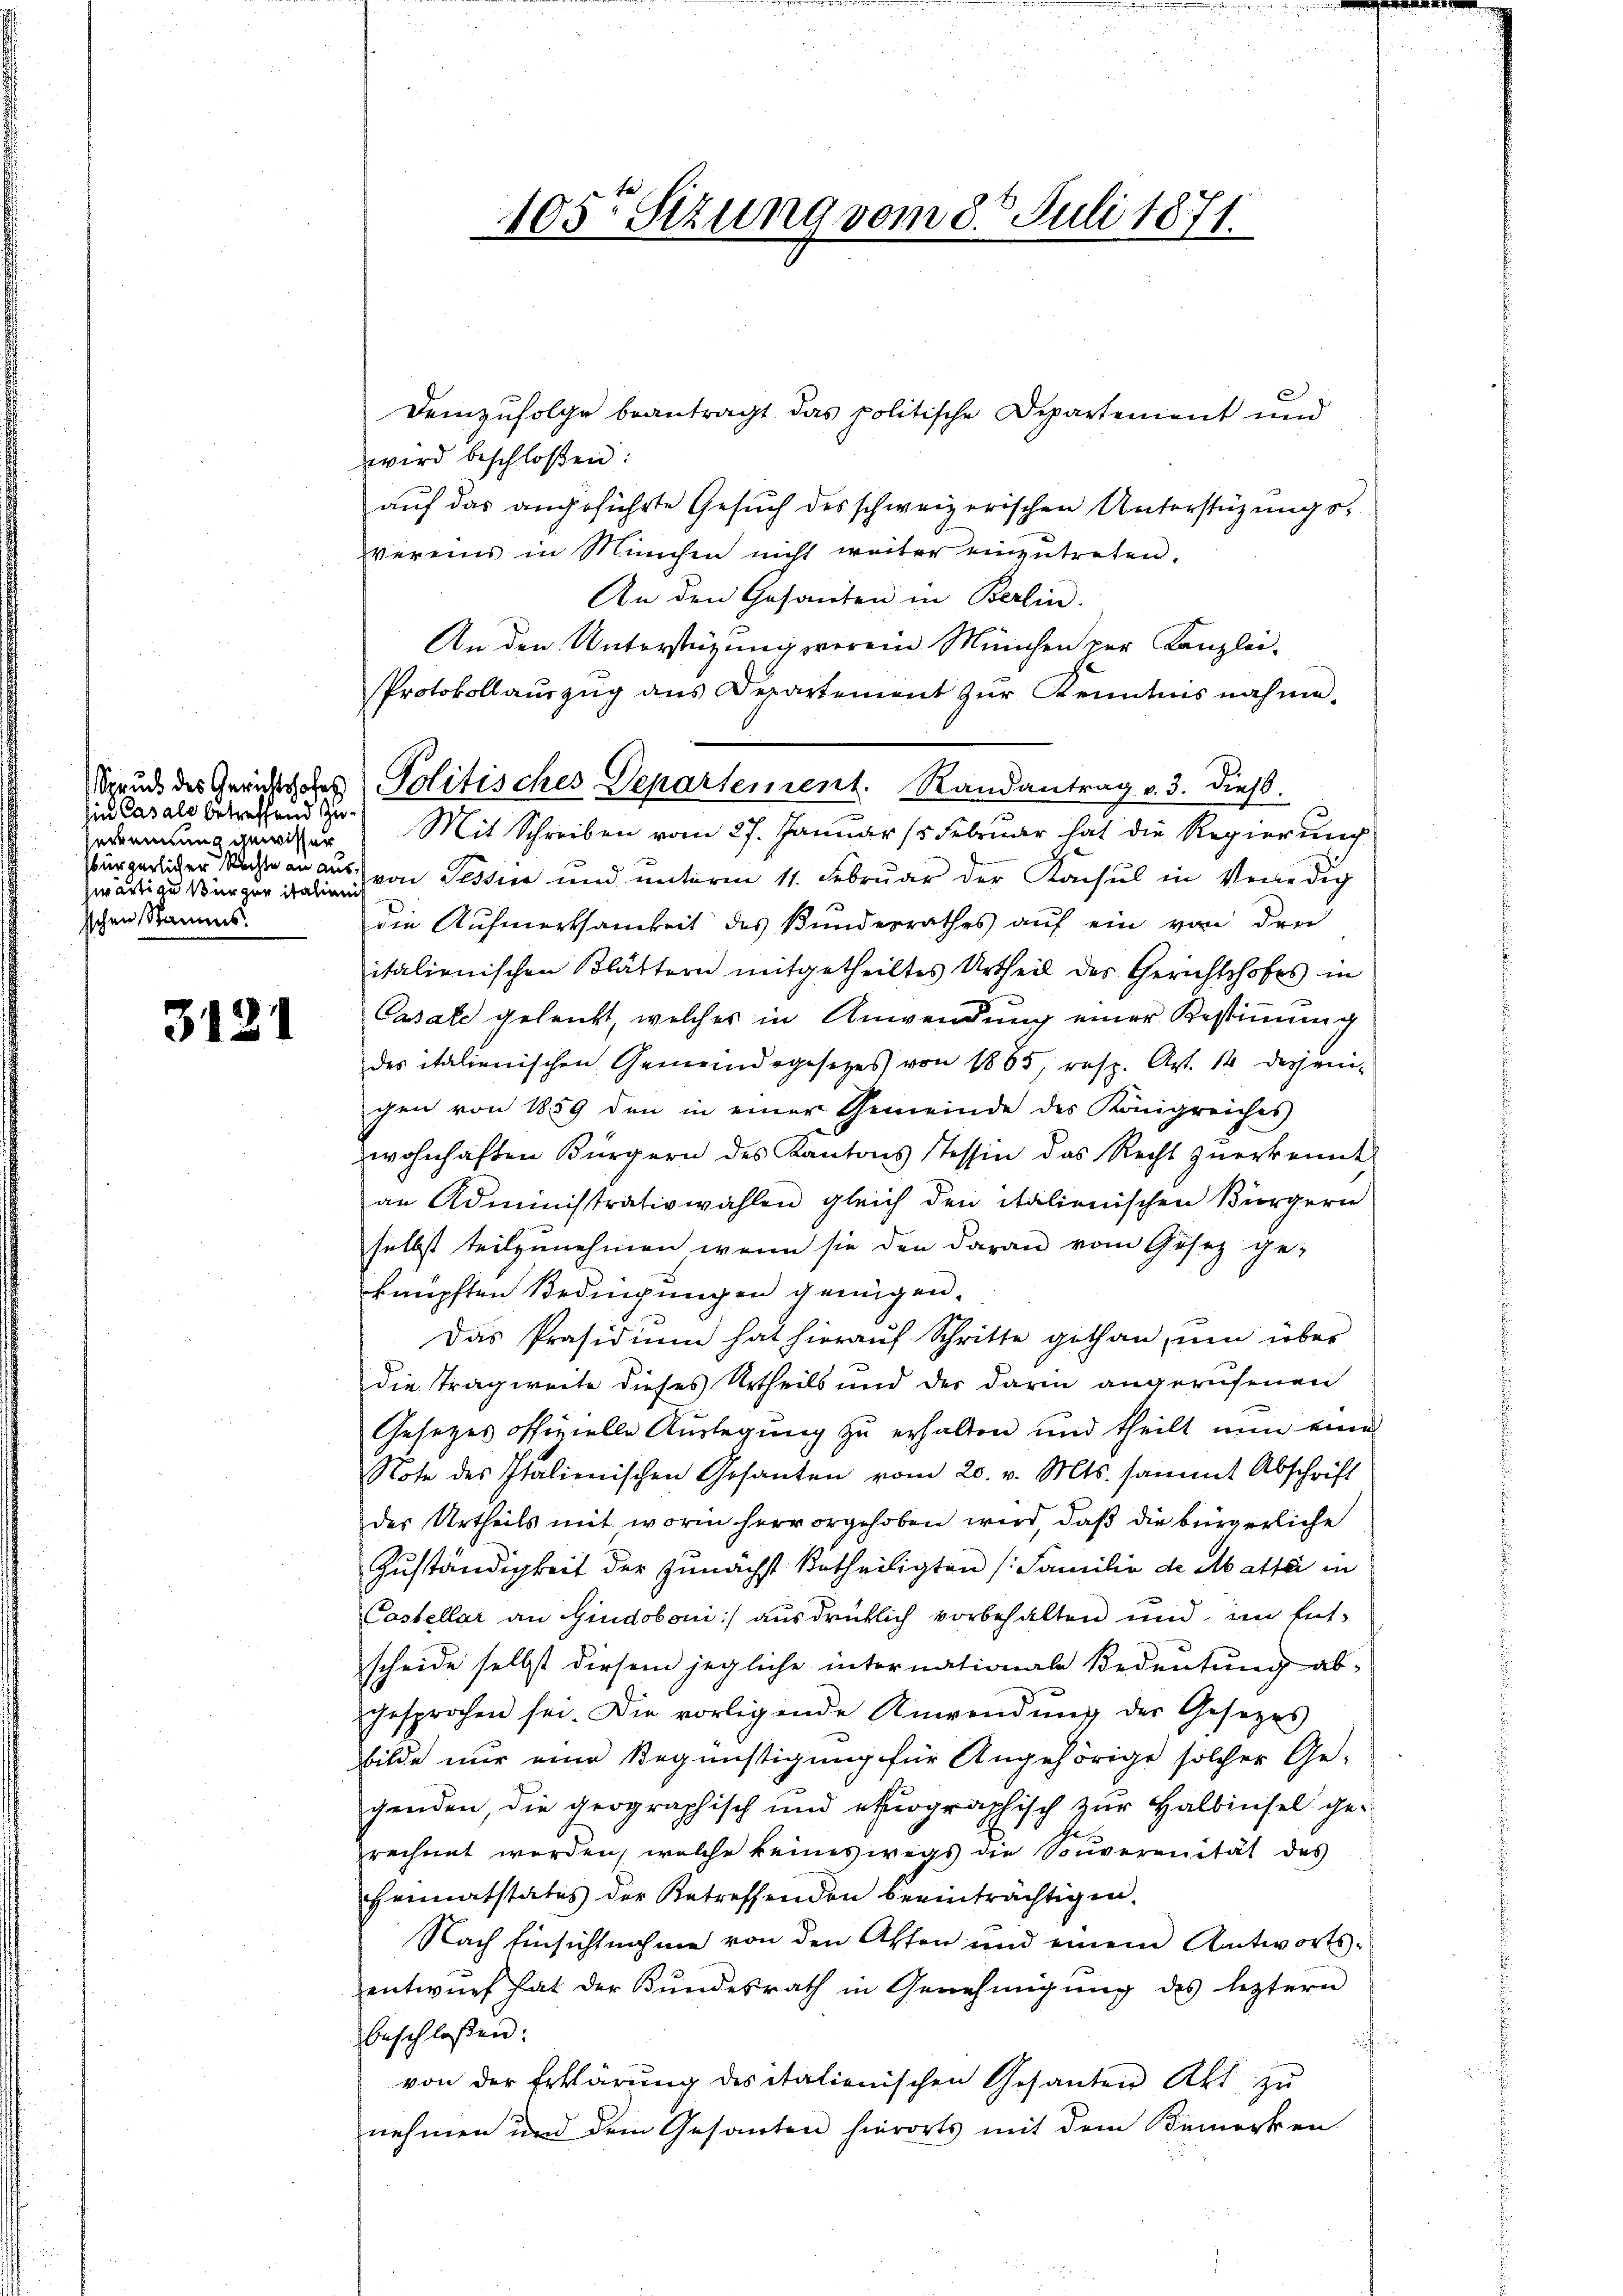
Ein Casals betreffend zu¬
Zekennung gewisser
swärtige Bürger italieni
sschen Stammes.

3121

Demzufolge beantragt das politische Departenient und
wird beschloßen:
auf das angeführte Gesŭch des schweizerischen Unterstüzungs-
vereins in München nicht weiter einzutreten.
An den Gesanten in Berlin.
An den Unterstützung verein München zur Kanzlei-
Protokollaŭszŭg ans Departement zŭr Kenntnis nahme.
Mit Schreiben vom 27. Januar (5 Februar hat die Regierŭng

sbürgerlicher Nachte an aus, von Tessier und unterm 11. Februar der Konsul in Verledig
die Aufmerksamkeit des Bundesrathes auf ein von der
italienischen Blättern mitgetheiltes Urtheil des Gerichtshofes in
Casale geleicht, welches in Anwendung einer Bestimmung
des italienischen Gemeindegesetzes von 1885, resp. Art. 14 desjeni-
gen von 1859 den in einer Gemeinde des Königreiches
zwohnhaften Bürgern des Kantons Tessin das Recht zuerkennt
an Administrativwahlen gleich den italienischen Bürgern
selbst teilzunehmen, wenn sie den daran vom Gesez ge-
knüpften Bedingungen genügen.
Das Präsidium hat hierauf Schritte gethan, um über
die Tragweite dieses Urtheils und der darin angerufenen
Gesetzes offizielle Auslegung zu erhalten und theilt nun eine
Note des Italienischen Gesanten vom 20. v. Mts. sammt Abschrift
des Urtheils mit worin hervorgehoben wird, daß die bürgerliche
Zuständigkeit der zunächst Urtheiligten (Familie de Matti in
Castellar an Gindoboni) ausdrücklich vorbehalten und im Ent-
scheide selbst diesem jegliche internationale Bedeutung ab-
gesprochen sei. Die vorligende Anwendŭng der Gesetzes
bilde nur eine Begünstigung für Angehörige solcher Ge-
genden, die geographisch und ebiographisch zur Halbinsel ge-
rechnet worden, welche keineswegs die Souveranität des
Heimatstates der Betreffenden beeinträchtigen.
Nach Einsichtnahme von den Atten und einem Antworts-
entwŭrf hat der Bŭndesrath in Genehmigŭng des leztern
beschloßen:
aufend
von der Erklärung des italienischen Gesanten Akt zŭ
nehmen und dem Gesanten hierorts mit dem Bemerken-

105te Sitzung vom 8. Juli 1871.

Grud des Gerichtsches Politisches Departement. Randantrag v. 3. dieß.